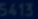
5413